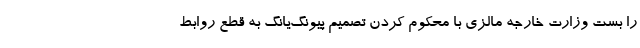
را بست وزارت خارجه مالزی با محکوم کردن تصمیم پیونگ‌یانگ به قطع روابط